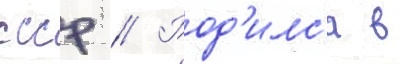
ссср // Род'илс'я в